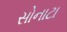
સોનાટા